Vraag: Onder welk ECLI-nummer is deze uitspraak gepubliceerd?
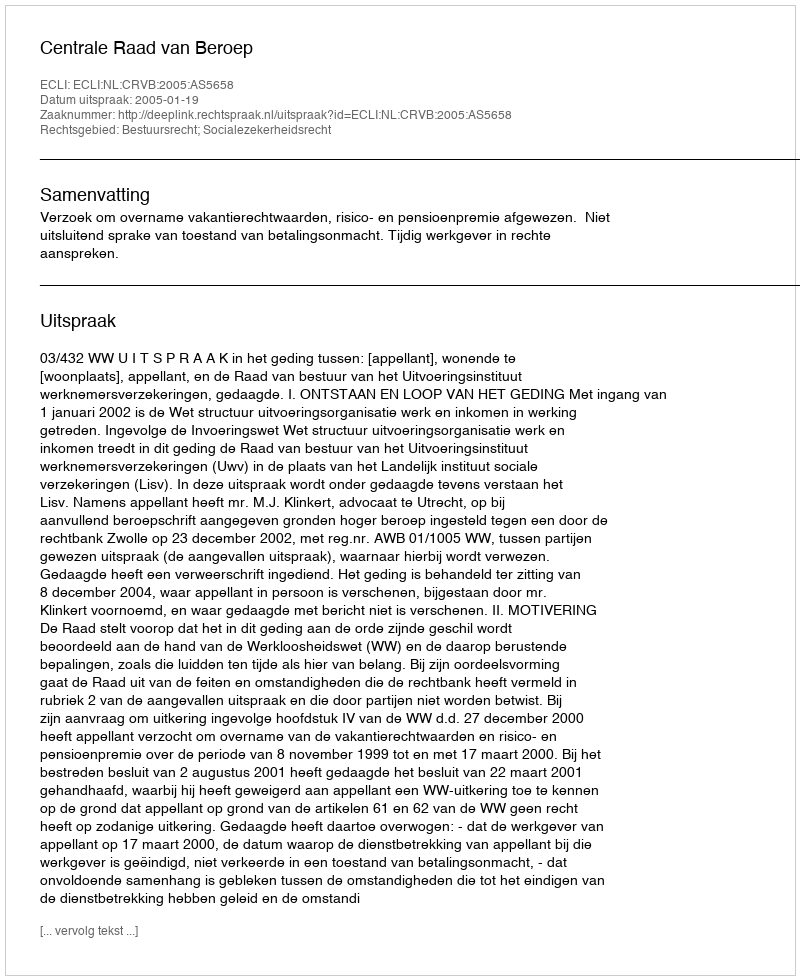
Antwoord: ECLI:NL:CRVB:2005:AS5658